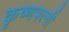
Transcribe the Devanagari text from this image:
कृष्णपत्‍नी